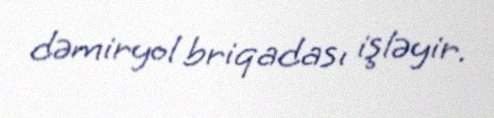
dəmiryol briqadası işləyir.